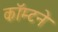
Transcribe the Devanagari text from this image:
कॉम्टने